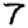
Digit: 7